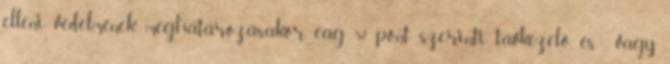
elleni védelmének meghatározásakor, eag 5.7. pont szerinti távkezelõ és vagy